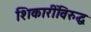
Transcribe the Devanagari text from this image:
शिकारींविरुद्ध